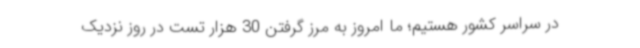
در سراسر کشور هستیم؛ ما امروز به مرز گرفتن 30 هزار تست در روز نزدیک